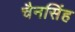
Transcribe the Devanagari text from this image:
चैनसिंह